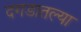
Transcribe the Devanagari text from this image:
दगडातल्या